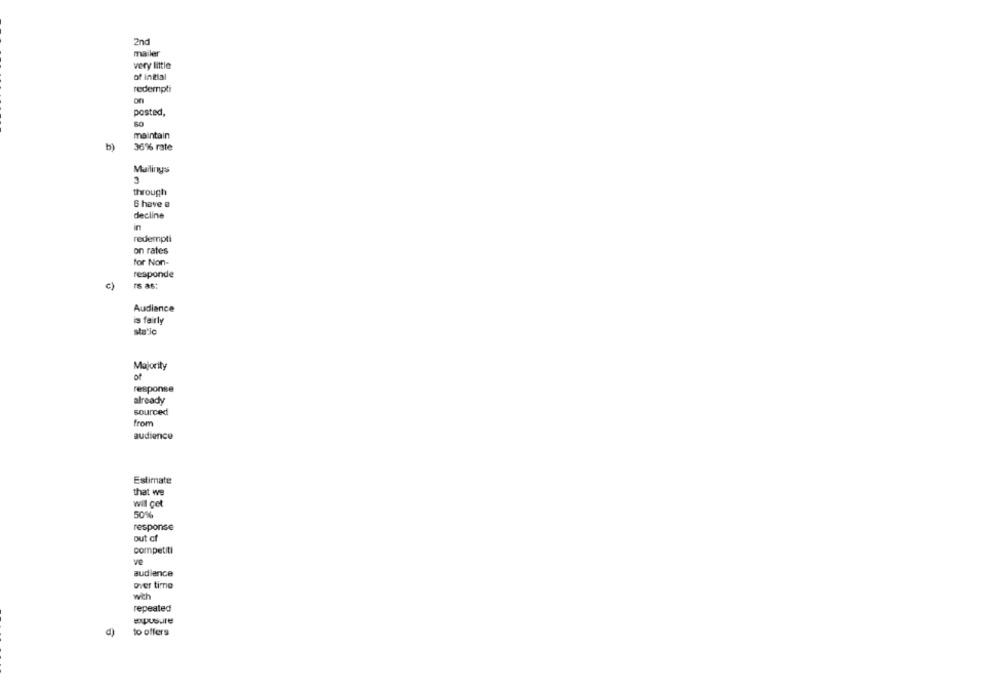
2nd
mailer
very little
of initial
redempti
on
posted,
50
maintain
b)
36% rate
Mailing's
3
through
G have a
decline
in
redempti
on rates
for Non-
responde
c)
rs as:
Audiance
s fairly
static
Majority
of
response
already
sourced
from
audience
Estimate
that we
will get
50%
response
out cf
competiti
audience
over time
with
repeated
d)
to offers